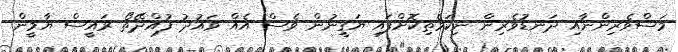
މަސްވެރިންނާއި ދަނޑުވެރިން ނިކަމެތިކޮށްފައި ޔަގީނުން ވެސް އެއް ވައުދު ފުއްދޭތޯ ރައީސް ޔާމީން